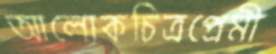
আলোকচিত্রপ্রেমী